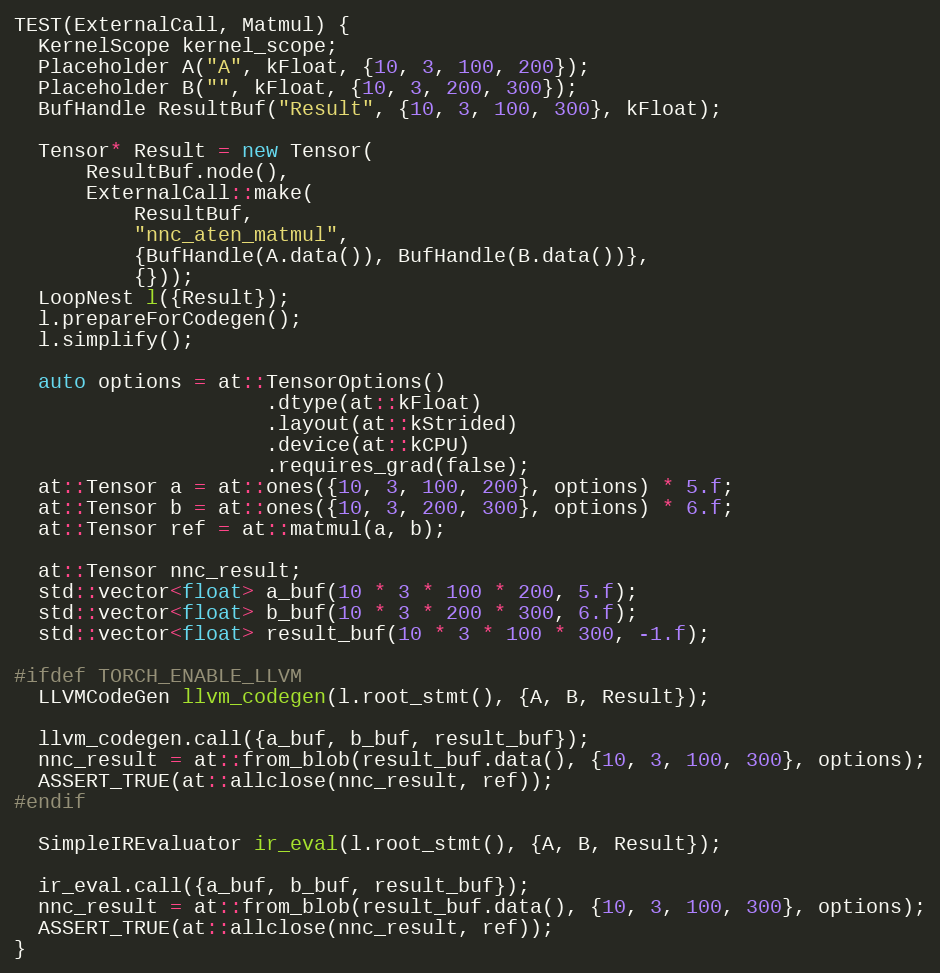
Language: C++
TEST(ExternalCall, Matmul) {
  KernelScope kernel_scope;
  Placeholder A("A", kFloat, {10, 3, 100, 200});
  Placeholder B("", kFloat, {10, 3, 200, 300});
  BufHandle ResultBuf("Result", {10, 3, 100, 300}, kFloat);

  Tensor* Result = new Tensor(
      ResultBuf.node(),
      ExternalCall::make(
          ResultBuf,
          "nnc_aten_matmul",
          {BufHandle(A.data()), BufHandle(B.data())},
          {}));
  LoopNest l({Result});
  l.prepareForCodegen();
  l.simplify();

  auto options = at::TensorOptions()
                     .dtype(at::kFloat)
                     .layout(at::kStrided)
                     .device(at::kCPU)
                     .requires_grad(false);
  at::Tensor a = at::ones({10, 3, 100, 200}, options) * 5.f;
  at::Tensor b = at::ones({10, 3, 200, 300}, options) * 6.f;
  at::Tensor ref = at::matmul(a, b);

  at::Tensor nnc_result;
  std::vector<float> a_buf(10 * 3 * 100 * 200, 5.f);
  std::vector<float> b_buf(10 * 3 * 200 * 300, 6.f);
  std::vector<float> result_buf(10 * 3 * 100 * 300, -1.f);

#ifdef TORCH_ENABLE_LLVM
  LLVMCodeGen llvm_codegen(l.root_stmt(), {A, B, Result});

  llvm_codegen.call({a_buf, b_buf, result_buf});
  nnc_result = at::from_blob(result_buf.data(), {10, 3, 100, 300}, options);
  ASSERT_TRUE(at::allclose(nnc_result, ref));
#endif

  SimpleIREvaluator ir_eval(l.root_stmt(), {A, B, Result});

  ir_eval.call({a_buf, b_buf, result_buf});
  nnc_result = at::from_blob(result_buf.data(), {10, 3, 100, 300}, options);
  ASSERT_TRUE(at::allclose(nnc_result, ref));
}